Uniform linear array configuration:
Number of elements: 16
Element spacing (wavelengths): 0.5
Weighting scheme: exponential
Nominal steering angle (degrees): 0
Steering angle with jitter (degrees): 1.775
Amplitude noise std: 0.05
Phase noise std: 0.05

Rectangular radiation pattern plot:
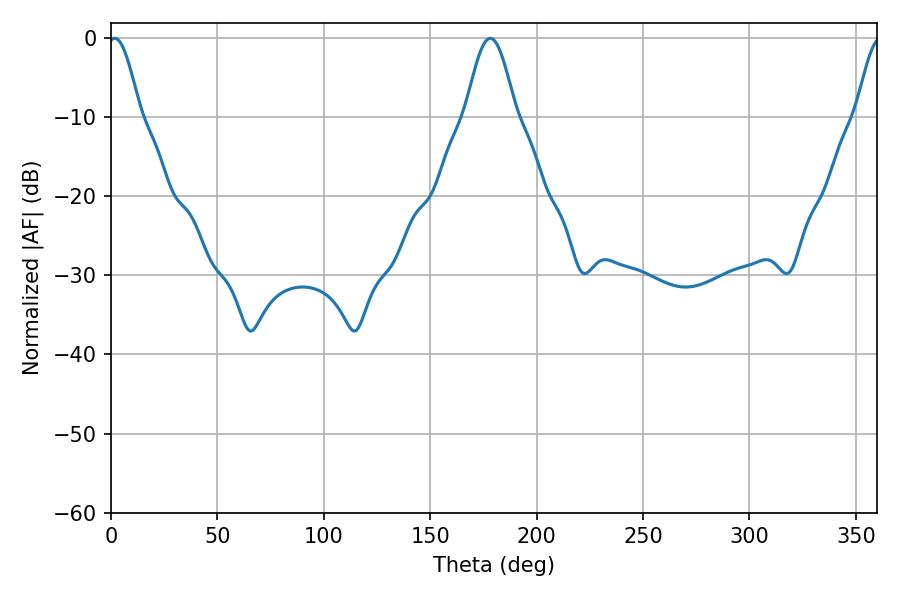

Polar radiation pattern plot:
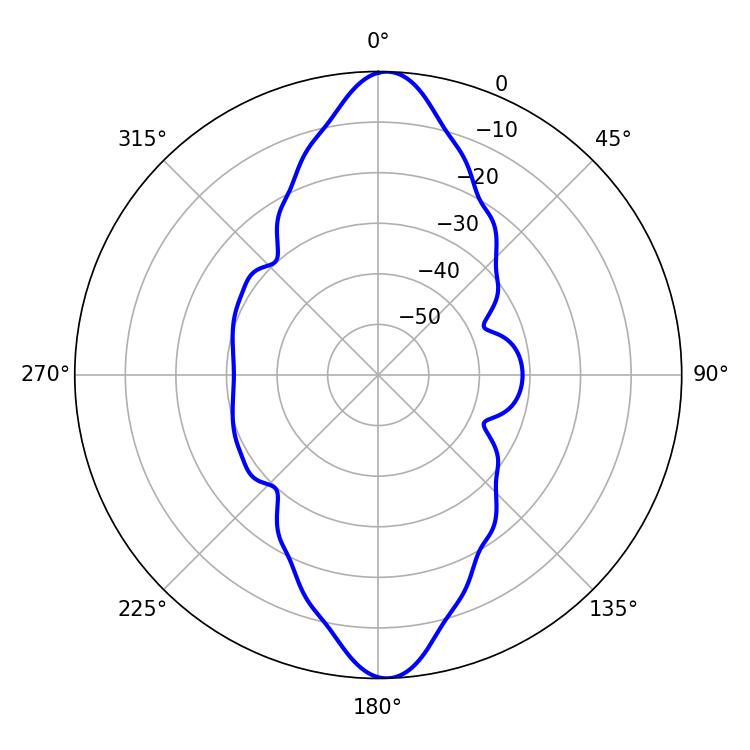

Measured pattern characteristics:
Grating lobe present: FALSE
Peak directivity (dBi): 21.09
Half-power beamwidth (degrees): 8.1
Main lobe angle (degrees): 1.8